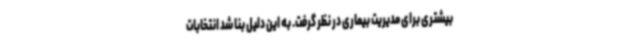
بیشتری برای مدیریت بیماری در نظر گرفت. به این دلیل بنا شد انتخابات